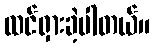
ထင်ရှားခဲ့ပါတယ်။